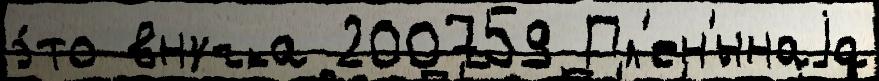
э́то внучка 200759 Пл'ен'́ннаjа